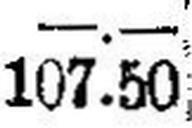
107.50